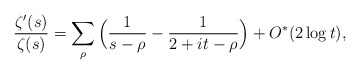
\begin{align*}\frac{\zeta'(s)}{\zeta(s)} = \sum_{\rho} \Big(\frac{1}{s-\rho}-\frac{1}{2+it-\rho} \Big) + O^*(2 \log t),\end{align*}